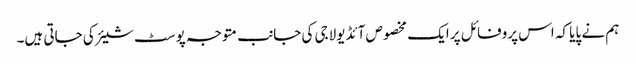
ہم نے پایا کہ اس پروفائل پر ایک مخصوص آئڈیولاجی کی جانب متوجہ پوسٹ شیئر کی جاتی ہیں۔